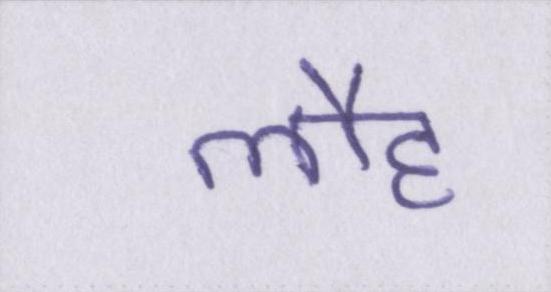
लौह